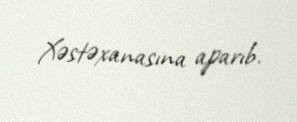
Xəstəxanasına aparıb.